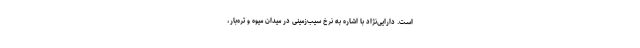
است. دارایی‌نژاد با اشاره به نرخ سیب‌زمینی در میدان میوه و تره‌بار،